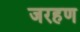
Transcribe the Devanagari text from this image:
जरहण